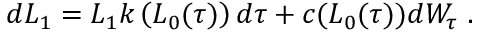
\begin{array} { r } { d L _ { 1 } = L _ { 1 } k \left( L _ { 0 } ( \tau ) \right) d \tau + c ( L _ { 0 } ( \tau ) ) d W _ { \tau } \ . } \end{array}